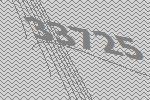
33725